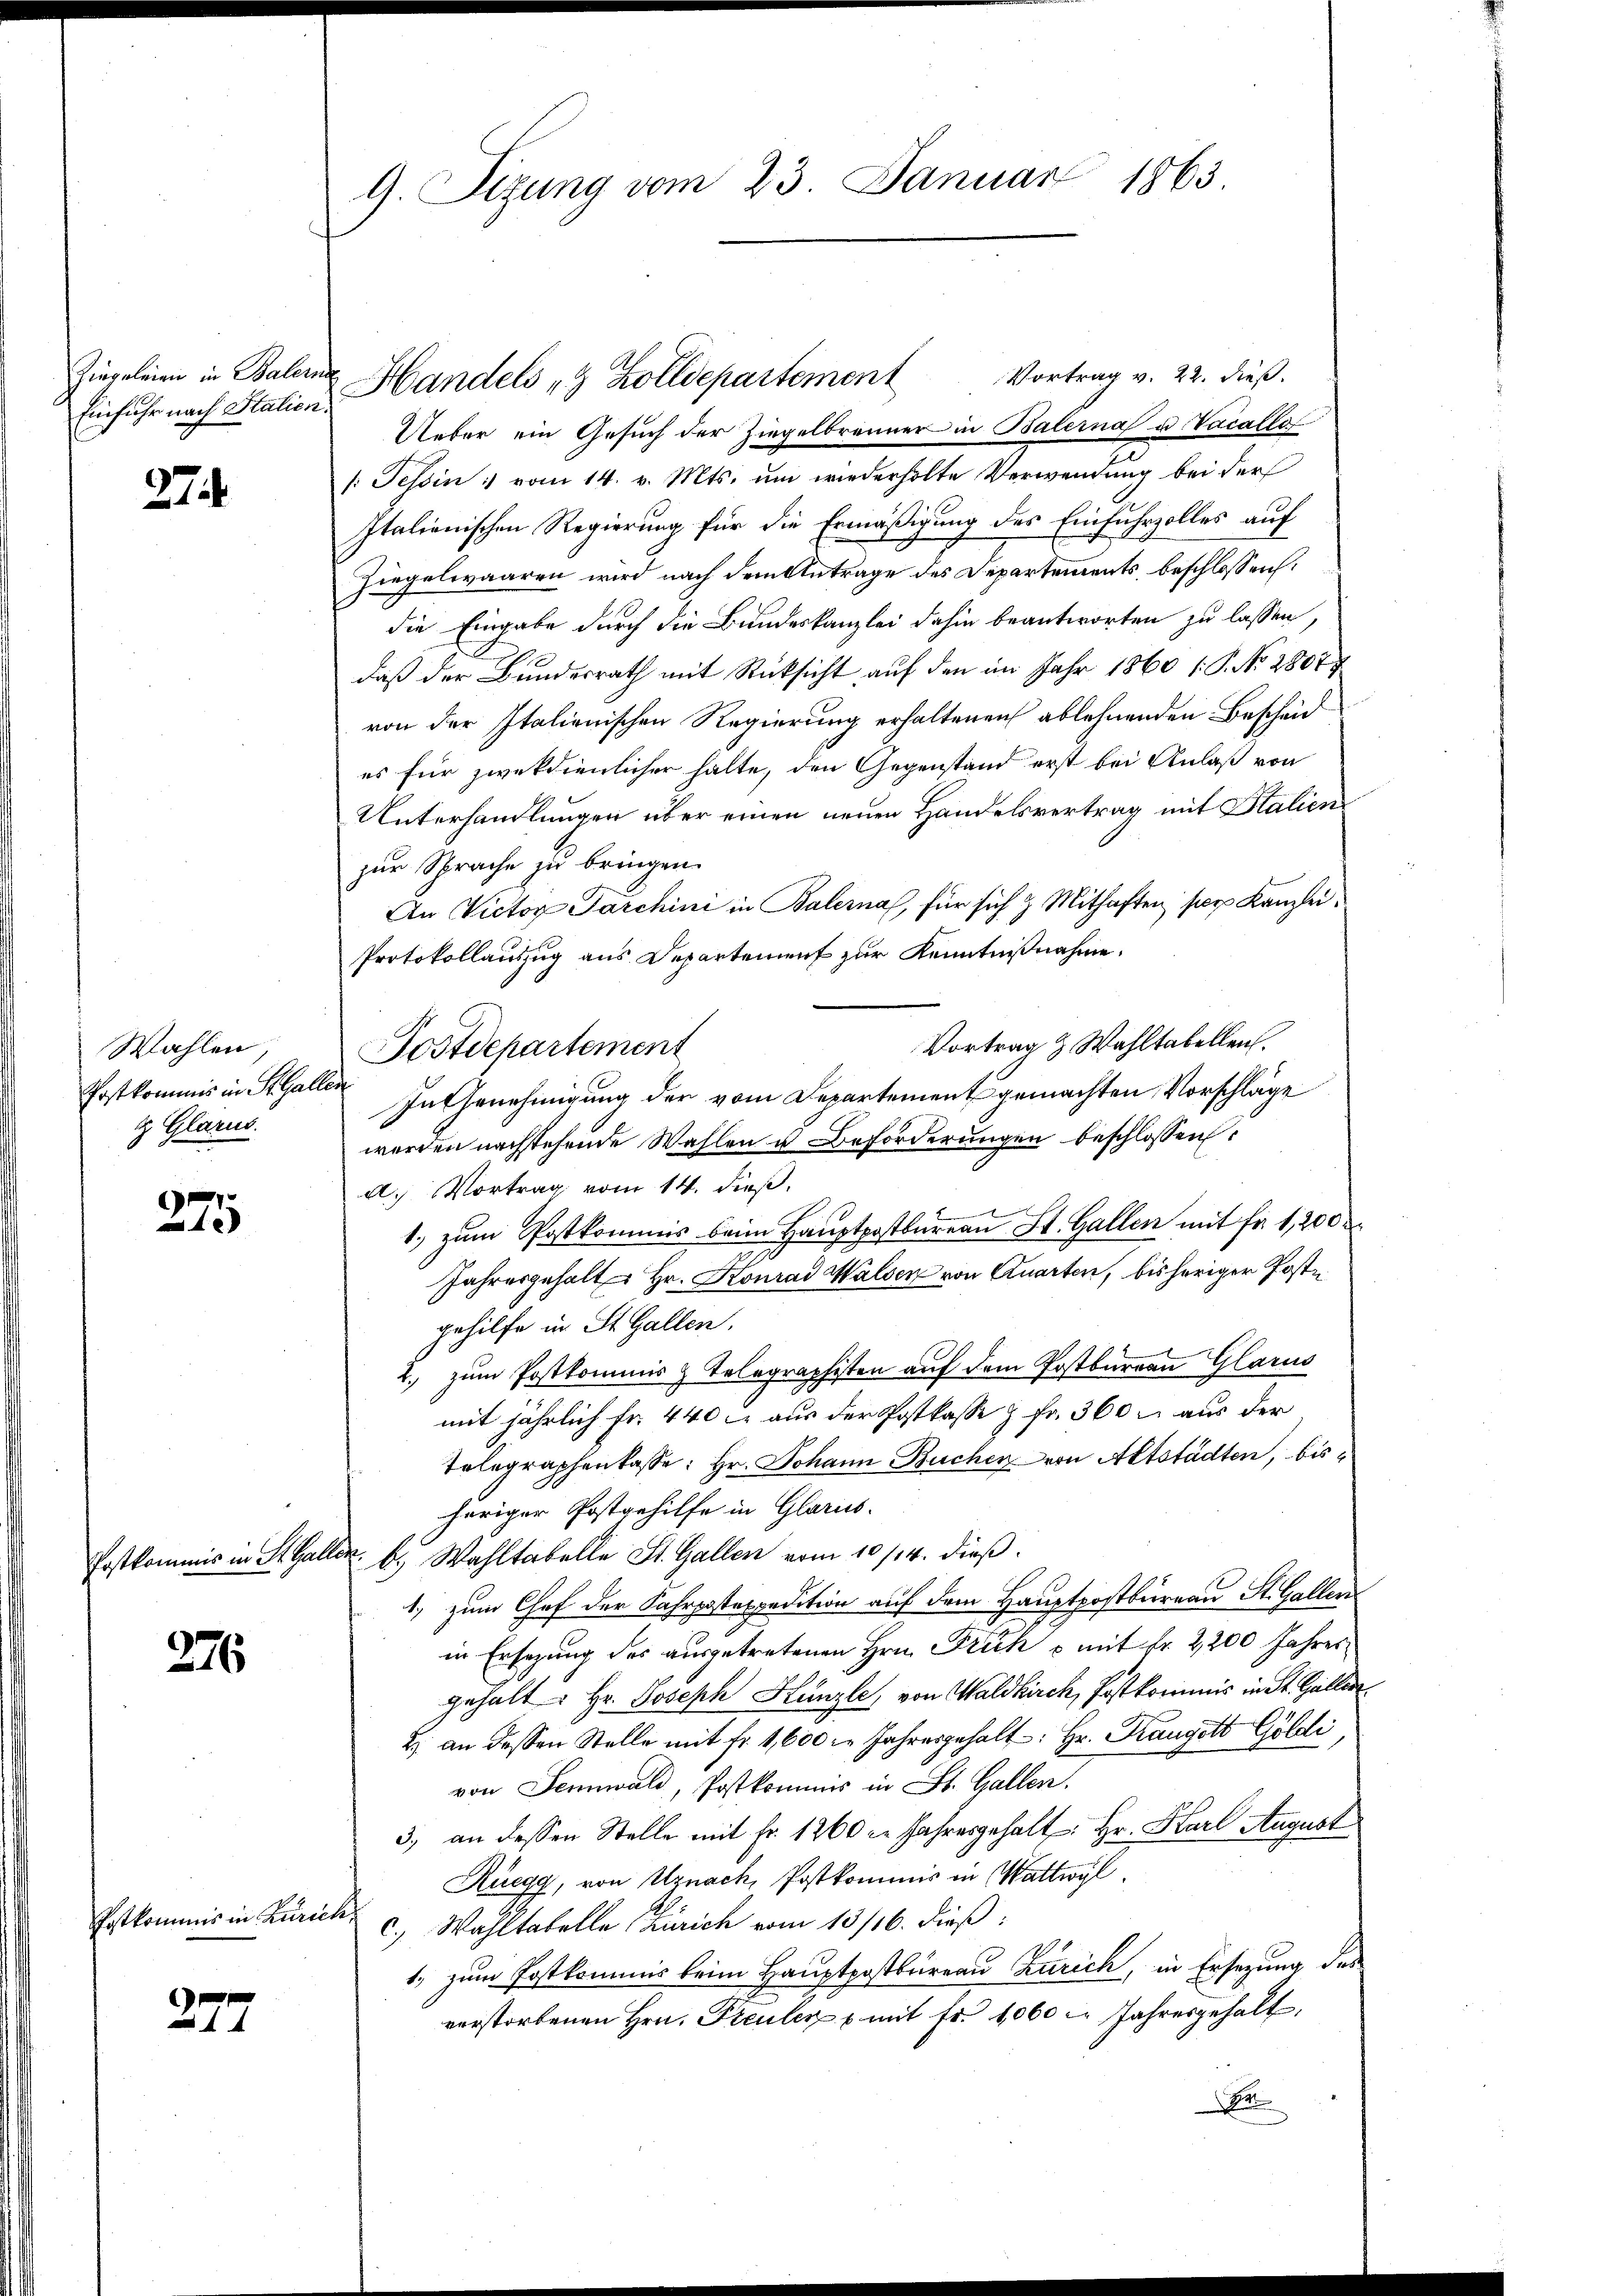
Einfuhr nach Stalien.

274

Wahlen,
Erstkommis in St. Gallen
i Glarus.

275

276

Estkommis in Zürich,

277

G. Sizung vom 23. Januar 1863

Zingeleien in Balein Handels " Zolldepartement Vortrag v. 22. dieß.
Ueber ein Gesuch der Ziegelbrenner in Balerna u. Vacallo
[: Tessin vom 14. v. Mts. um wiederholte Verwendung bei der
Italienischen Regierung für die Ermäßigung des Einfuhrzolles auf
Ziegelwaaren wird nach dem Antrage des Departements, beschlossen:
die Eingabe durch die Bundeskanzlei dahin beantworten zu lassen,
daß der Bundesrath mit Rücksicht auf den im Jahr 1860 /: P. No. 2807
von der Italienischen Regierung erhaltenen ablehnenden Bescheid
es für zwekdienlicher halte, den Gegenstand erst bei Anlaß von
Unterhandlungen über einen neuen Handelsvertrag mit Stalien
zur Sprache zu bringen.
An Victor Parchini in Balerna, für sich & Mithaften per Kanzlei¬
Protokollauszug aus Departement zur Kenntnißnahme.
Vortrag & Wahltabellen.
Postdepartement
In Genehmigung der vom Departement gemachten Vorschläge
werden nachstehende Wahlen u Beförderungen beschlossen:
A. Vortrag vom 14. dieß,
1. zum Postkommis beim Hauptpostbureau St. Gallen mit Fr. 1,200
Jahresgehalt Hr. Konrad Walsen von Quarten, bisheriger Poste
gehilfe in St. Gallen.
2. zum Postkommis & Telegraphisten auf dem Postbureau Glarus
mit jährlich Fr. 440 aus der Postkasse & Fr. 360. aus der
Telegraphenkasse: Hr. Johann Bucher von Altstädten, bisheriger Postgehilfe in Glarus.
Postkommis in St. Galler. A. Wahltabelle St. Gallen vom 10/14. dieß.
1, zum Chef der Fahrpostexpedition auf dem Hauptpostbureau St. Gallen
in Ersezung des ausgetretenen Hrn. Frick – mit fr. 2200 Jahres
gehalt Hr. Joseph Hunzle, von Waldkirch, Postkommis in St. Gallen
2) an dessen Stelle mit fr. 1,600 l. Jahresgehalt: Hr. Drangelt Göldi,
von Sennwald, Postkommis in St. Gallen.
3.) an dessen Stelle mit Fr. 1260 l. Jahresgehalt: Hr. Karl August
Ruegg, von Uznach, Postkommis in Wattwyl
c.) Wahltatelle Zürich vom 13/16. dieß:
1. zum Postkommis kein Hauptpostbureau Zürich, in Ersezung des
verstorbenen Hrn. Preuler u mit fr. 1060 Jahresgehalt,
Ba